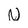
Character: N